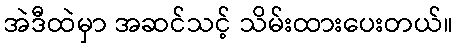
အဲဒီထဲမှာ အဆင်သင့် သိမ်းထားပေးတယ်။